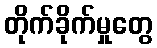
တိုက်ခိုက်မှုတွေ